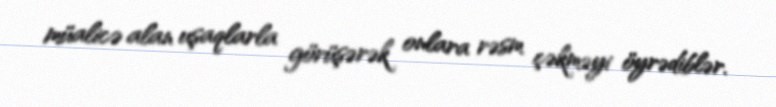
müalicə alan uşaqlarla görüşərək onlara rəsm çəkməyi öyrədiblər.